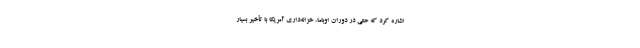
اشاره کرد که حتی در دوران اوباما، خزانه‌داری آمریکا با تأخیر بسیار